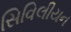
સિવિલીયન